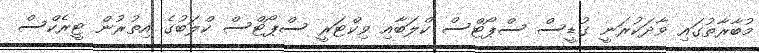
މުބާރާތުގައި ވާދަކުރަނީ ގުޑީސް ސްޕޯޓްސް ކްލަބާއި ވިކްޓަރީ ސްޕޯޓްސް ކްލަބުގެ އިތުރުން ޓީރެކްސް